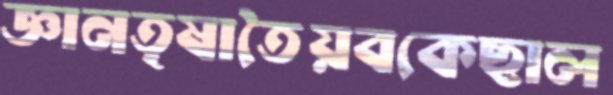
জ্ঞানতৃষাতৈয়বকেছাল